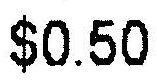
$0.50